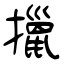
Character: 擸